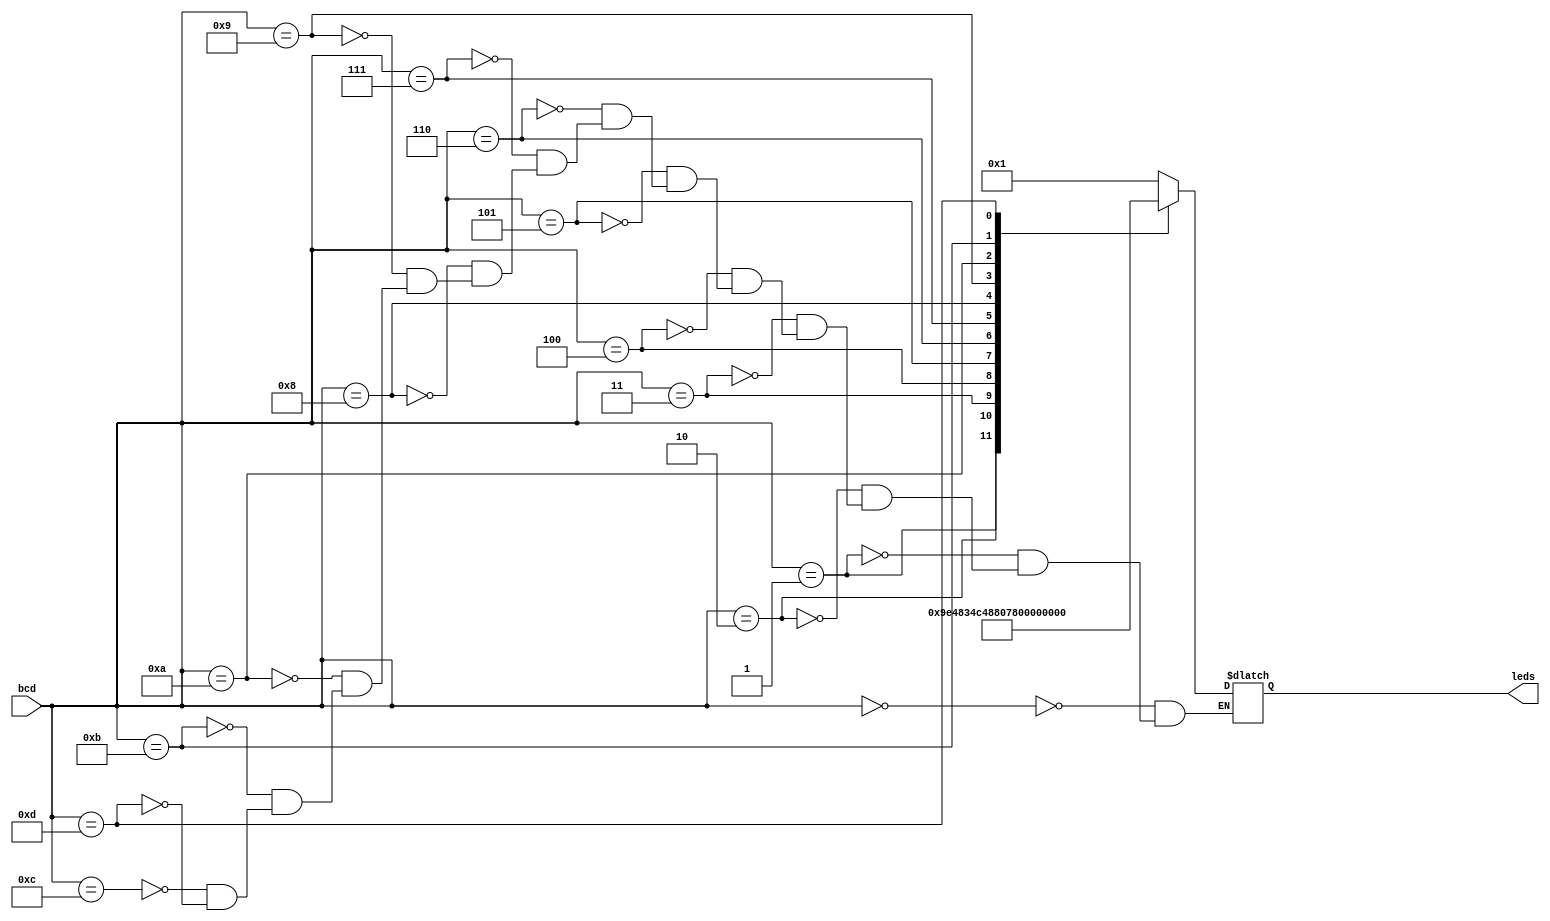
module BCD_encoder( bcd, leds,);

input [3:0]bcd;

 

output [6:0]leds; 

reg [6:0]leds; 

always @(bcd) 
	case(bcd)
		0: leds = ~7'b1111110;
		1: leds = ~7'b0110000;
		2: leds = ~7'b1101101;
		3: leds = ~7'b1111001;
		4: leds = ~7'b0110011;
		5: leds = ~7'b1011011;
		6: leds = ~7'b1011111;
		7: leds = ~7'b1110000;
		8: leds = ~7'b1111111;
		9: leds = ~7'b1111011;
		10: leds = 7'b0110000;
		11: leds = 7'b1111010;
		12: leds = ~7'b1111110;
		13: leds =  7'b1111111;
	endcase 
endmodule